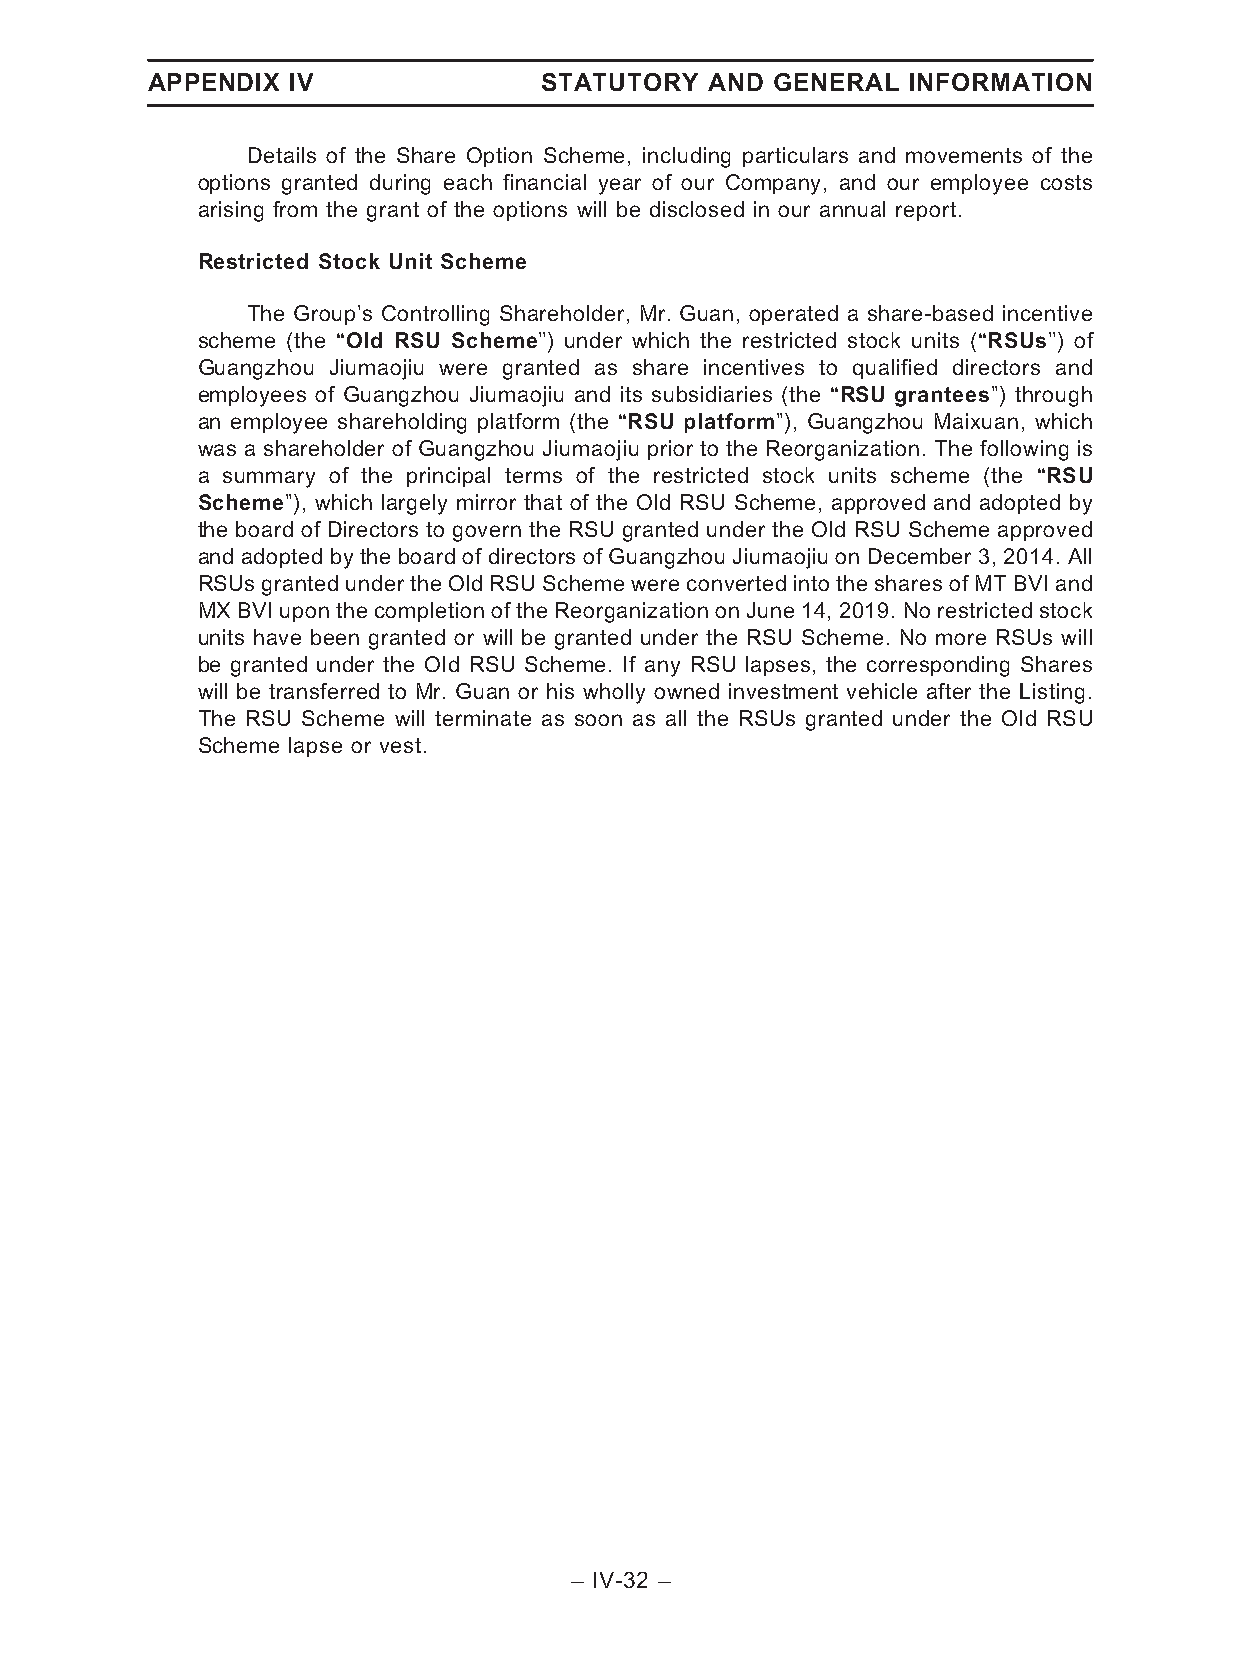
APPENDIX IV               STATUTORY  AND GENERAL  INFORMATION
 Details of the Share Option Scheme, including particulars and movements of the
 options granted during each financial year of our Company, and our employee costs
 arising from the grant of the options will be disclosed in our annual report.
 Restricted Stock Unit Scheme
 The Group’s Controlling Shareholder, Mr. Guan, operated a share-based incentive
 scheme (the ‘‘Old RSU Scheme’’) under which the restricted stock units (‘‘RSUs’’) of
 Guangzhou Jiumaojiu were granted as share incentives to qualified directors and
 employees of Guangzhou Jiumaojiu and its subsidiaries (the ‘‘RSU grantees’’) through
 an employee shareholding platform (the ‘‘RSU platform’’), Guangzhou Maixuan, which
 was a shareholder of Guangzhou Jiumaojiu prior to the Reorganization. The following is
 a summary of the principal terms of the restricted stock units scheme (the ‘‘RSU
 Scheme’’), which largely mirror that of the Old RSU Scheme, approved and adopted by
 the board of Directors to govern the RSU granted under the Old RSU Scheme approved
 and adopted by the board of directors of Guangzhou Jiumaojiu on December 3, 2014. All
 RSUsgrantedundertheOldRSUSchemewereconverted into thesharesof MTBVI and
 MX BVI upon the completion of the Reorganization on June 14, 2019. No restricted stock
 units have been granted or will be granted under the RSU Scheme. No more RSUs will
 be granted under the Old RSU Scheme. If any RSU lapses, the corresponding Shares
 will be transferred to Mr. Guan or his wholly owned investment vehicle after the Listing.
 The RSU Scheme will terminate as soon as all the RSUs granted under the Old RSU
 Scheme lapse or vest.
 – IV-32 –